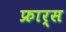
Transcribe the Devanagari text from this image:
फ्रार्स